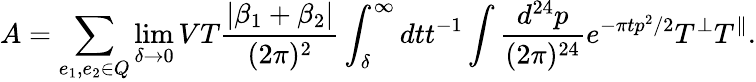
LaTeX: A=\sum_{e_{1},e_{2}\in Q}\operatorname*{lim}_{\delta\rightarrow 0}VT{\frac{|\beta_{1}+\beta_{2}|}{(2\pi)^{2}}}\int_{\delta}^{\infty}dtt^{-1}\int{\frac{d^{24}p}{(2\pi)^{24}}}e^{-\pi tp^{2}/2}T^{\perp}T^{\parallel}.